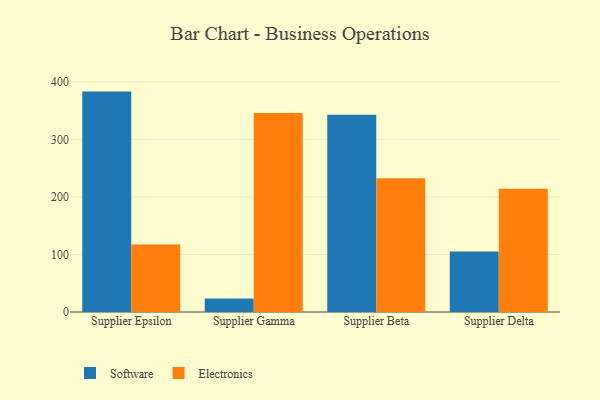
{"axis": {"x": "Supplier", "y": "LTV (USD)"}, "legend": ["Electronics", "Software"], "data": [{"x": "Supplier Epsilon", "y": 383.3, "type": "Software"}, {"x": "Supplier Epsilon", "y": 117.2, "type": "Electronics"}, {"x": "Supplier Gamma", "y": 23.5, "type": "Software"}, {"x": "Supplier Gamma", "y": 345.9, "type": "Electronics"}, {"x": "Supplier Beta", "y": 343.2, "type": "Software"}, {"x": "Supplier Beta", "y": 232.7, "type": "Electronics"}, {"x": "Supplier Delta", "y": 105.2, "type": "Software"}, {"x": "Supplier Delta", "y": 214.4, "type": "Electronics"}]}